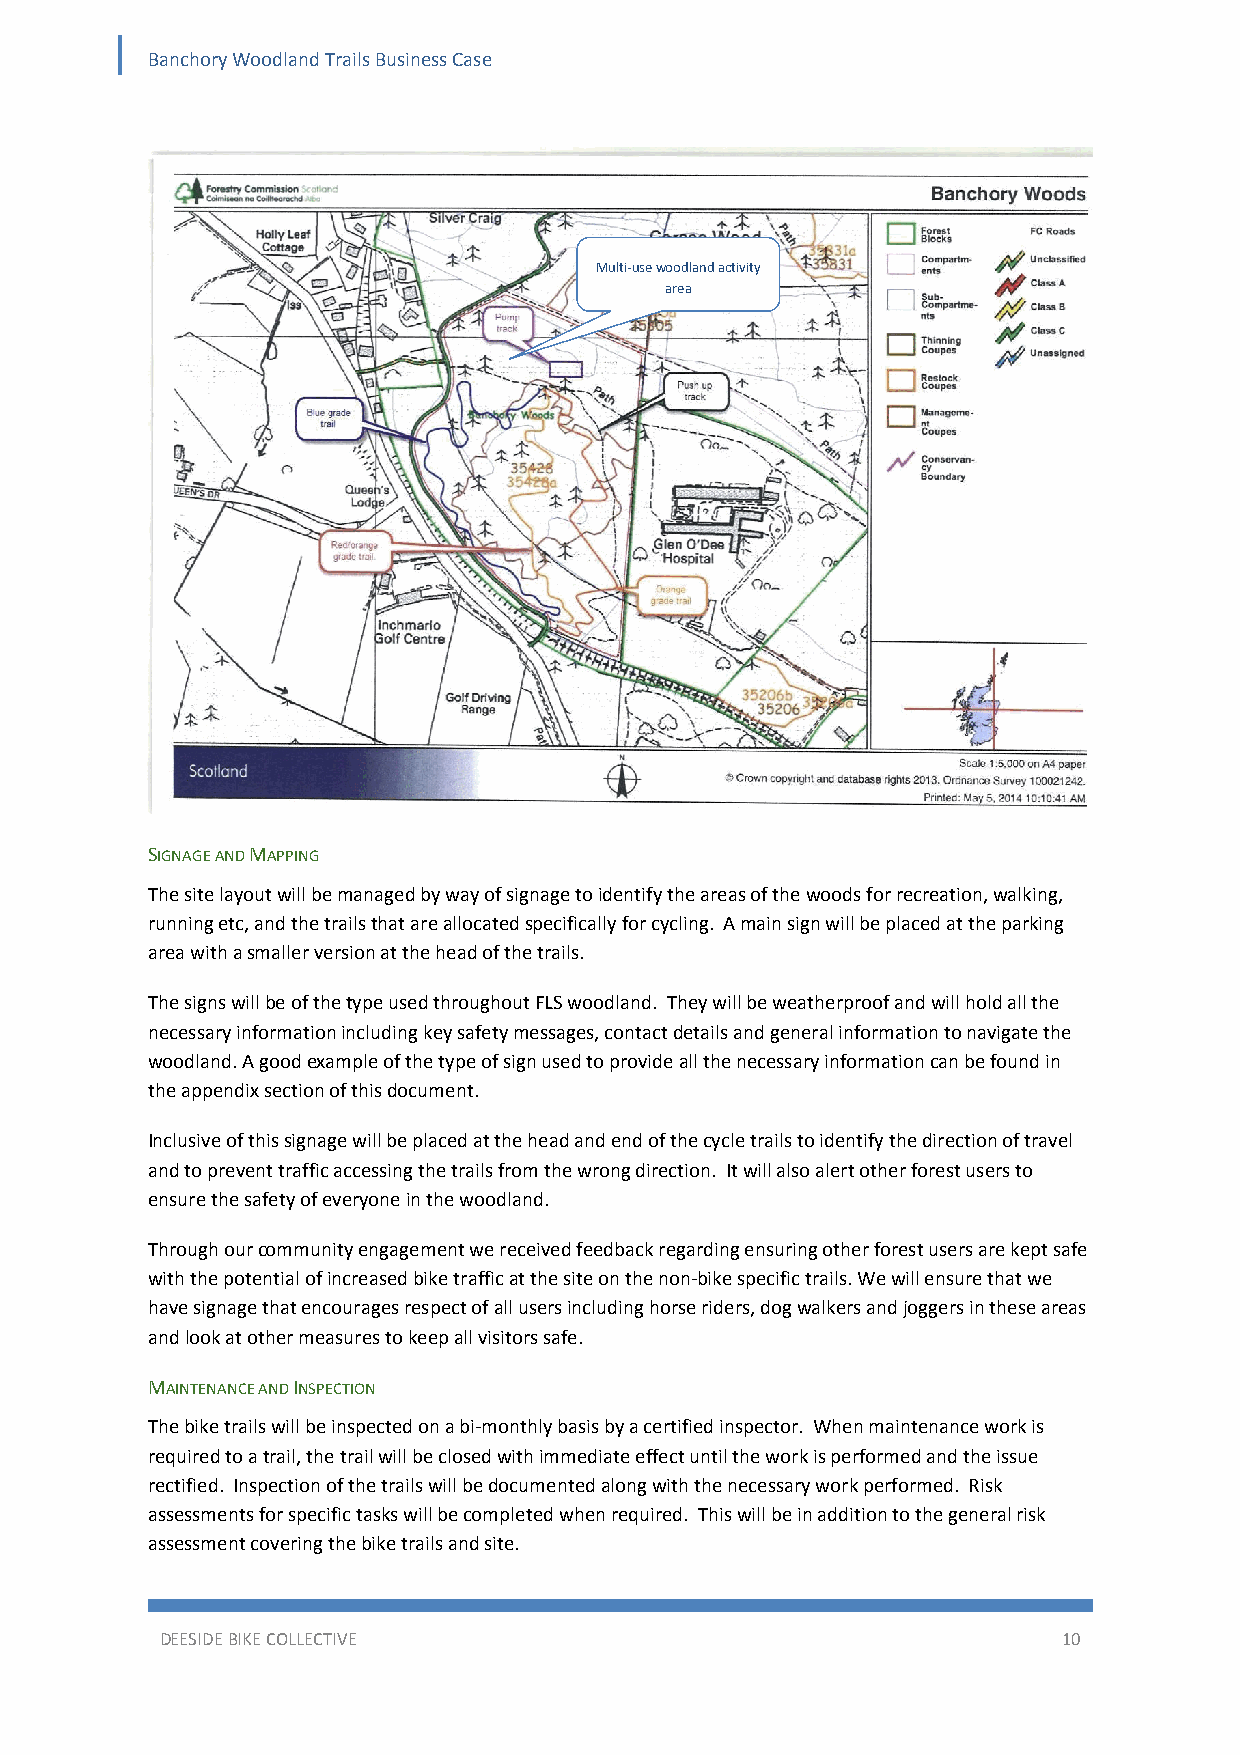
Banchory Woodland Trails Business Case
 Multi‐use woodland activity
 area
 SIGNAGE AND MAPPING
 The site layout will be managed by way of signage to identify the areas of the woods for recreation, walking,
 running etc, and the trails that are allocated specifically for cycling. A main sign will be placed at the parking
 area with a smaller version at the head of the trails.
 The signs will be of the type used throughout FLS woodland. They will be weatherproof and will hold all the
 necessary information including key safety messages, contact details and general information to navigate the
 woodland. A good example of the type of sign used to provide all the necessary information can be found in
 the appendix section of this document.
 Inclusive of this signage will be placed at the head and end of the cycle trails to identify the direction of travel
 and to prevent traffic accessing the trails from the wrong direction. It will also alert other forest users to
 ensure the safety of everyone in the woodland.
 Through our community engagement we received feedback regarding ensuring other forest users are kept safe
 with the potential of increased bike traffic at the site on the non‐bike specific trails. We will ensure that we
 have signage that encourages respect of all users including horse riders, dog walkers and joggers in these areas
 and look at other measures to keep all visitors safe.
 MAINTENANCE AND INSPECTION
 The bike trails will be inspected on a bi‐monthly basis by a certified inspector. When maintenance work is
 required to a trail, the trail will be closed with immediate effect until the work is performed and the issue
 rectified. Inspection of the trails will be documented along with the necessary work performed. Risk
 assessments for specific tasks will be completed when required. This will be in addition to the general risk
 assessment covering the bike trails and site.
 DEESIDE BIKE COLLECTIVE                                    10